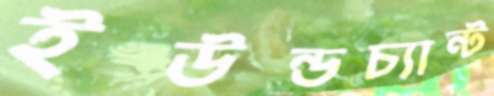
ইউন্ডচ্যান্ট